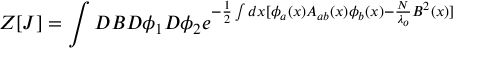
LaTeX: Z [ J ] = \int { \cal D } B { \cal D } \phi _ { 1 } { \cal D } \phi _ { 2 } e ^ { - \frac { 1 } { 2 } \int d x [ \phi _ { a } ( x ) A _ { a b } ( x ) \phi _ { b } ( x ) - \frac { N } { \lambda _ { o } } B ^ { 2 } ( x ) ] }